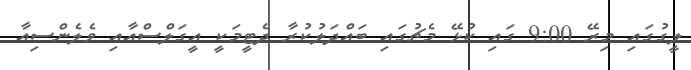
ލީގުގައި މިރޭ 9:00 ގައި ކުޅޭ މެޗުގައި ބައްދަލުކުރާ ދެޓީމަކީ އީގަލްސްއާއި ވެލެންސިއާ